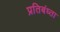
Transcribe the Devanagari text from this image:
प्रतिबंध्ता